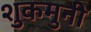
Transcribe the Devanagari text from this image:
शुकमुनी